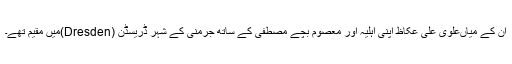
ان کے میاںعلوی علی عکاظ اپنی اہلیہ اور معصوم بچے مصطفیٰ کے ساتھ جرمنی کے شہر ڈریسڈن (Dresden)میں مقیم تھے۔